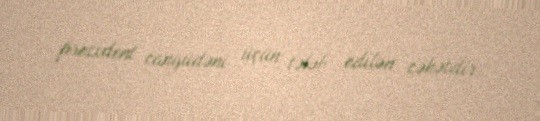
prezident cangüdəni üçün tələb edilən cəhətdir.